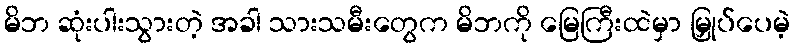
မိဘ ဆုံးပါးသွားတဲ့ အခါ သားသမီးတွေက မိဘကို မြေကြီးထဲမှာ မြှုပ်ပေမဲ့